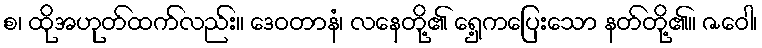
စ၊ ထိုအဟုတ်ထက်လည်း။ ဒေဝတာနံ၊ လနေတို့၏ ရှေ့ကပြေးသော နတ်တို့၏။ ဇဝေါ၊